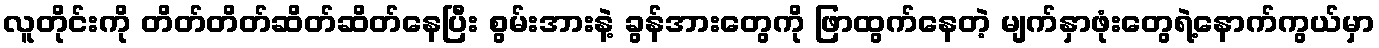
လူတိုင်းကို တိတ်တိတ်ဆိတ်ဆိတ်နေပြီး စွမ်းအားနဲ့ ခွန်အားတွေကို ဖြာထွက်နေတဲ့ မျက်နှာဖုံးတွေရဲ့နောက်ကွယ်မှာ